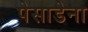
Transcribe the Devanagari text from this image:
पेसाडेना